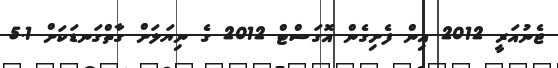
ޖެނުއަރީ 2012 އިން ފެށިގެން އޮގަސްޓް 2012 ގެ ނިޔަލަށް ގާތްގަނޑަކަށް 5.1